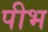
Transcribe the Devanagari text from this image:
पीभ